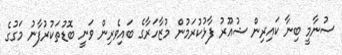
ސުނާމީ ބިނާ ކައިރިން ޝުއޫރު ފާޅުކުރަމުން މުޒާހަރާގެ ބައިވެރިން ވަނީ ބޮޑުތަކުރުފާނު މަގުގެ